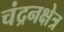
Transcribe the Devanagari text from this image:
चंद्रनक्षेत्र